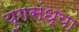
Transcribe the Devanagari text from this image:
युगसंध्या